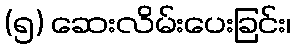
(၅) ဆေးလိမ်းပေးခြင်း၊